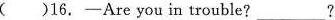
( )16. ——Are you in trouble?___?